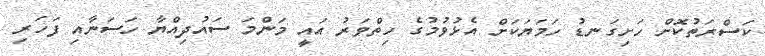
ކަސްރަތުކޮށް ހަށިގަނޑު ހަމަޔަކަށް އެޅުވުމުގެ ހިތްވަރު އައީ މަންމަ ސައުދިއްޔާ ހަސަނާއި ފަހަރި